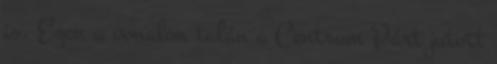
is. Ezen a vonalon talán a Centrum Párt jutott